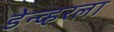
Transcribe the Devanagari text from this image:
डेन्व्हरला